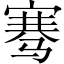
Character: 骞